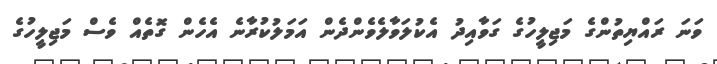
ވަނަ ރައްޔިތުންގެ މަޖިލީހުގެ ގަވާއިދު އެކުލަވާލެވެެންދެން އަމަލުކުރާނެ އެހެން ގޮތެއް ވެސް މަޖިލީހުގެ